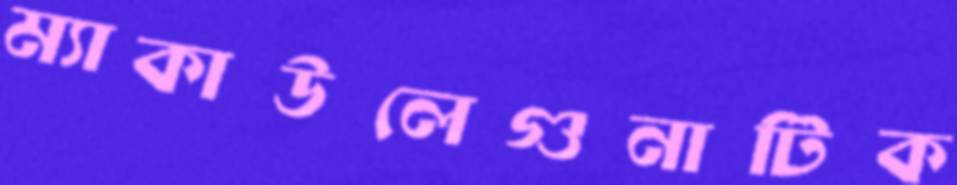
ম্যাকাউলেগুনাটিক